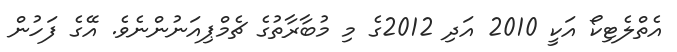
އެތްލެޓިކޯ އަކީ 2010 އަދި 2012ގެ މި މުބާރާތުގެ ޗެމްޕިއަނުންނެވެ. އޭގެ ފަހުން